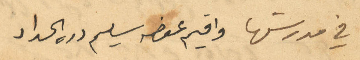
في مدرستها واقيم عوضه سليم دره الحداد